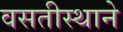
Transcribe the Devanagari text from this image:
वसतीस्थाने